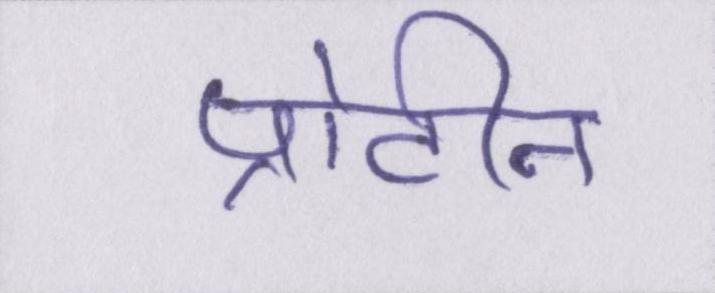
प्रोटीन